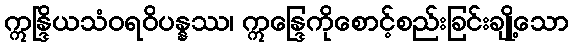
ဣန္ဒြိယသံဝရဝိပန္နဿ၊ ဣန္ဒြေကိုစောင့်စည်းခြင်းချို့သော